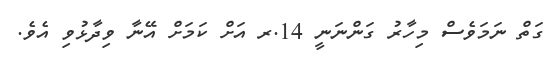
ގަތް ނަމަވެސް މިހާރު ގަންނަނީ 14.ރ އަށް ކަމަށް އޭނާ ވިދާޅުވި އެވެ.